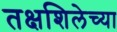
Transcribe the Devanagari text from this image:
तक्षशिलेच्या